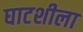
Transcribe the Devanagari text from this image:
घाटशीला